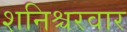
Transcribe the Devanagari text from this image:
शनिश्चरवार